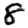
Digit: 8